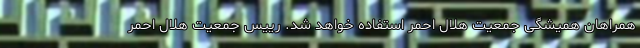
همراهان همیشگی جمعیت هلال احمر استفاده خواهد شد. رییس جمعیت هلال احمر